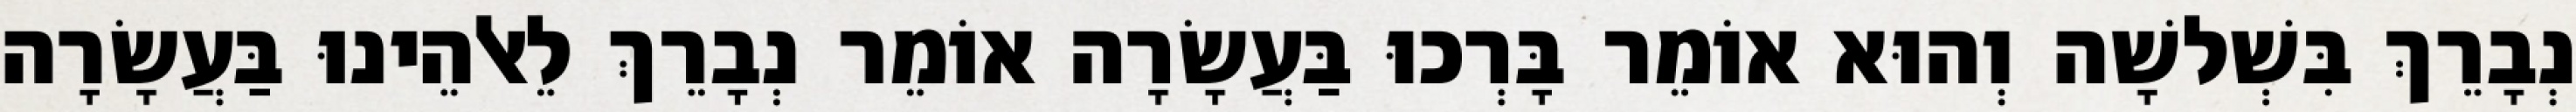
נְבָרֵךְ בִּשְׁלשָׁה וְהוּא אוֹמֵר בָּרְכוּ בַּעֲשָׂרָה אוֹמֵר נְבָרֵךְ לֵאלֹהֵינוּ בַּעֲשָׂרָה